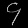
Digit: ၄